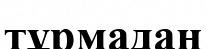
тұрмадан